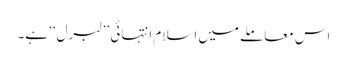
اس معاملے میں اسلام انتہائی ’’لبرل‘‘ ہے۔